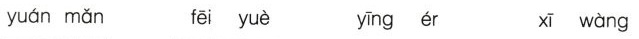
yuán mǎn fēi yuè yīng ér xī wàng